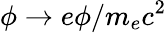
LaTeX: \phi\rightarrow e\phi/m_{e}c^{2}